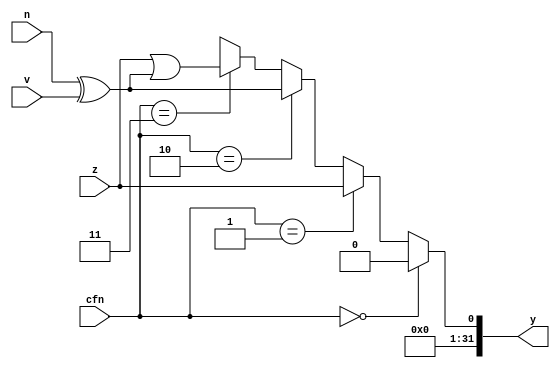
// alu_cmp.v
//
// tom@fors.net, November 25, 2016
//
// Purpose:
//   Comparison logic for ALU


module alu_cmp (
    input             z,
    input             v,
    input             n,
    input       [1:0] cfn,

    output     [31:0] y
);

function mux4;
    input [3:0] a;
    input [1:0] sel;
    begin
        if (sel == 2'b00) mux4 = a[0];
        else if (sel == 2'b01) mux4 = a[1];
        else if (sel == 2'b10) mux4 = a[2];
        else if (sel == 2'b11) mux4 = a[3];
    end
endfunction

wire [3:0] cmp;
assign cmp[0] = 1'b0;
assign cmp[1] = z;
assign cmp[2] = n ^ v;
assign cmp[3] = z | (n ^ v);

assign y = {31'd0, mux4(cmp, cfn)};

endmodule